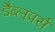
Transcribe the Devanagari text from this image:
डैब्लपर्स